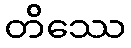
တိဿေ